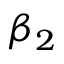
\beta _ { 2 }